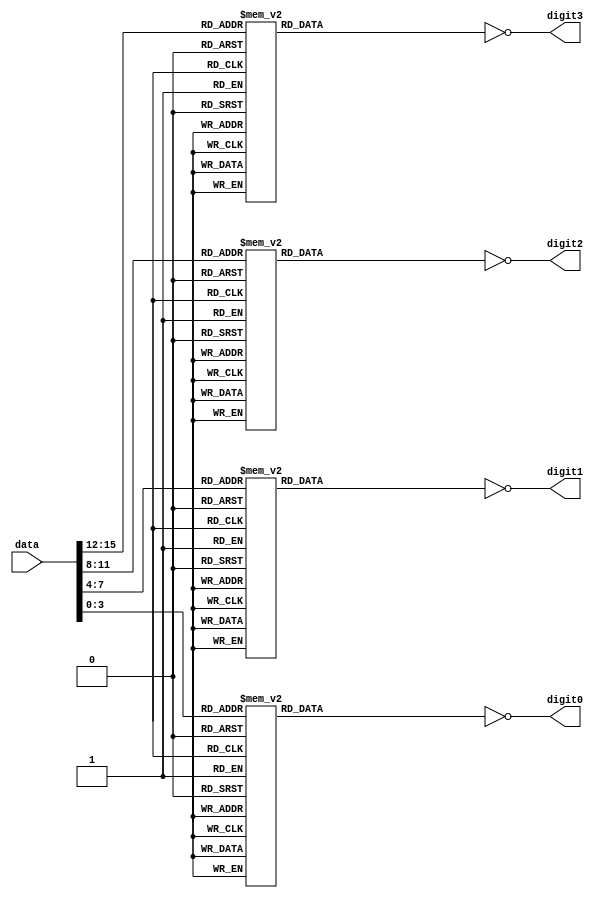
module HEX_display(
digit0,
digit1,
digit2,
digit3,
data
);

input [15:0]data;

output [6:0]digit0;
output [6:0]digit1;
output [6:0]digit2;
output [6:0]digit3;

reg [6:0] bits0;
reg [6:0] bits1;
reg [6:0] bits2;
reg [6:0] bits3;

 // divide by n*2 is the same as shift n steps right

always @ (data)
begin 
		case(data[3:0])
			4'b0000: bits0 [6:0] = 7'b011_1111;
			4'b0001: bits0 [6:0] = 7'b000_0110;
			4'b0010: bits0 [6:0] = 7'b101_1011;
			4'b0011: bits0 [6:0] = 7'b100_1111;
			4'b0100: bits0 [6:0] = 7'b110_0110;
			4'b0101: bits0 [6:0] = 7'b110_1101;
			4'b0110: bits0 [6:0] = 7'b111_1101;
			4'b0111: bits0 [6:0] = 7'b000_0111;
			4'b1000: bits0 [6:0] = 7'b111_1111;
			4'b1001: bits0 [6:0] = 7'b110_1111;
			4'b1010: bits0 [6:0] = 7'b111_0111;
			4'b1011: bits0 [6:0] = 7'b111_1100;
			4'b1100: bits0 [6:0] = 7'b011_1001;
			4'b1101: bits0 [6:0] = 7'b101_1110;
			4'b1110: bits0 [6:0] = 7'b111_1001;
			4'b1111: bits0 [6:0] = 7'b111_0001;
		endcase
end

always @ (data)
begin 	
		case(data[7:4])
			4'b0000: bits1 [6:0] = 7'b011_1111;
			4'b0001: bits1 [6:0] = 7'b000_0110;
			4'b0010: bits1 [6:0] = 7'b101_1011;
			4'b0011: bits1 [6:0] = 7'b100_1111;
			4'b0100: bits1 [6:0] = 7'b110_0110;
			4'b0101: bits1 [6:0] = 7'b110_1101;
			4'b0110: bits1 [6:0] = 7'b111_1101;
			4'b0111: bits1 [6:0] = 7'b000_0111;
			4'b1000: bits1 [6:0] = 7'b111_1111;
			4'b1001: bits1 [6:0] = 7'b110_1111;
			4'b1010: bits1 [6:0] = 7'b111_0111;
			4'b1011: bits1 [6:0] = 7'b111_1100;
			4'b1100: bits1 [6:0] = 7'b011_1001;
			4'b1101: bits1 [6:0] = 7'b101_1110;
			4'b1110: bits1 [6:0] = 7'b111_1001;
			4'b1111: bits1 [6:0] = 7'b111_0001;
		endcase
end

always @ (data)
begin 
	case(data[11:8])
			4'b0000: bits2 [6:0] = 7'b011_1111;
			4'b0001: bits2 [6:0] = 7'b000_0110;
			4'b0010: bits2 [6:0] = 7'b101_1011;
			4'b0011: bits2 [6:0] = 7'b100_1111;
			4'b0100: bits2 [6:0] = 7'b110_0110;
			4'b0101: bits2 [6:0] = 7'b110_1101;
			4'b0110: bits2 [6:0] = 7'b111_1101;
			4'b0111: bits2 [6:0] = 7'b000_0111;
			4'b1000: bits2 [6:0] = 7'b111_1111;
			4'b1001: bits2 [6:0] = 7'b110_1111;
			4'b1010: bits2 [6:0] = 7'b111_0111;
			4'b1011: bits2 [6:0] = 7'b111_1100;
			4'b1100: bits2 [6:0] = 7'b011_1001;
			4'b1101: bits2 [6:0] = 7'b101_1110;
			4'b1110: bits2 [6:0] = 7'b111_1001;
			4'b1111: bits2 [6:0] = 7'b111_0001;
		endcase
end

always @ (data)
begin 
	case(data[15:12])
			4'b0000: bits3 [6:0] = 7'b011_1111;
			4'b0001: bits3 [6:0] = 7'b000_0110;
			4'b0010: bits3 [6:0] = 7'b101_1011;
			4'b0011: bits3 [6:0] = 7'b100_1111;
			4'b0100: bits3 [6:0] = 7'b110_0110;
			4'b0101: bits3 [6:0] = 7'b110_1101;
			4'b0110: bits3 [6:0] = 7'b111_1101;
			4'b0111: bits3 [6:0] = 7'b000_0111;
			4'b1000: bits3 [6:0] = 7'b111_1111;
			4'b1001: bits3 [6:0] = 7'b110_1111;
			4'b1010: bits3 [6:0] = 7'b111_0111;
			4'b1011: bits3 [6:0] = 7'b111_1100;
			4'b1100: bits3 [6:0] = 7'b011_1001;
			4'b1101: bits3 [6:0] = 7'b101_1110;
			4'b1110: bits3 [6:0] = 7'b111_1001;
			4'b1111: bits3 [6:0] = 7'b111_0001;
		endcase
end


assign digit0 [6:0] = ~bits0 [6:0];
assign digit1 [6:0] = ~bits1 [6:0];
assign digit2 [6:0] = ~bits2 [6:0];
assign digit3 [6:0] = ~bits3 [6:0];


endmodule